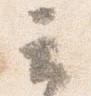
云